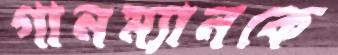
গানম্যানকে